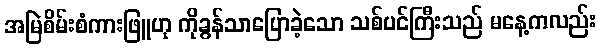
အမြဲစိမ်းစံကားဖြူဟု ကိုခွန်သာပြောခဲ့သော သစ်ပင်ကြီးသည် မနေ့ကလည်း